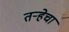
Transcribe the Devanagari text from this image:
तर्‍हेचा